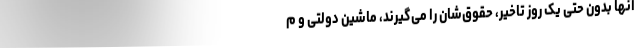
آنها بدون حتی یک روز تاخیر، حقوق‌شان را می‌گیرند، ماشین دولتی و م